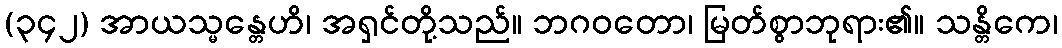
(၃၄၂) အာယသ္မန္တေဟိ၊ အရှင်တို့သည်။ ဘဂဝတော၊ မြတ်စွာဘုရား၏။ သန္တိကေ၊